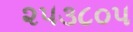
૨૫૩૮૦૫